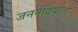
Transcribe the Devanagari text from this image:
जननेंद्रियाला